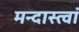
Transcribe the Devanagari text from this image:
मन्दास्त्वां